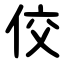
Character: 佼